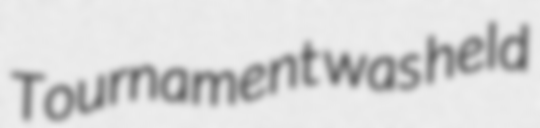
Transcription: Tournament was held